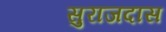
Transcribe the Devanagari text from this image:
सुराजदास